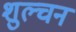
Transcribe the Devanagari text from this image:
शुल्चन